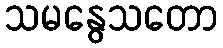
သမနွေသတော